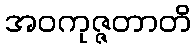
အဝကုဇ္ဇတာတိ